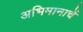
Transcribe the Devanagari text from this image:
अभिमानाचें